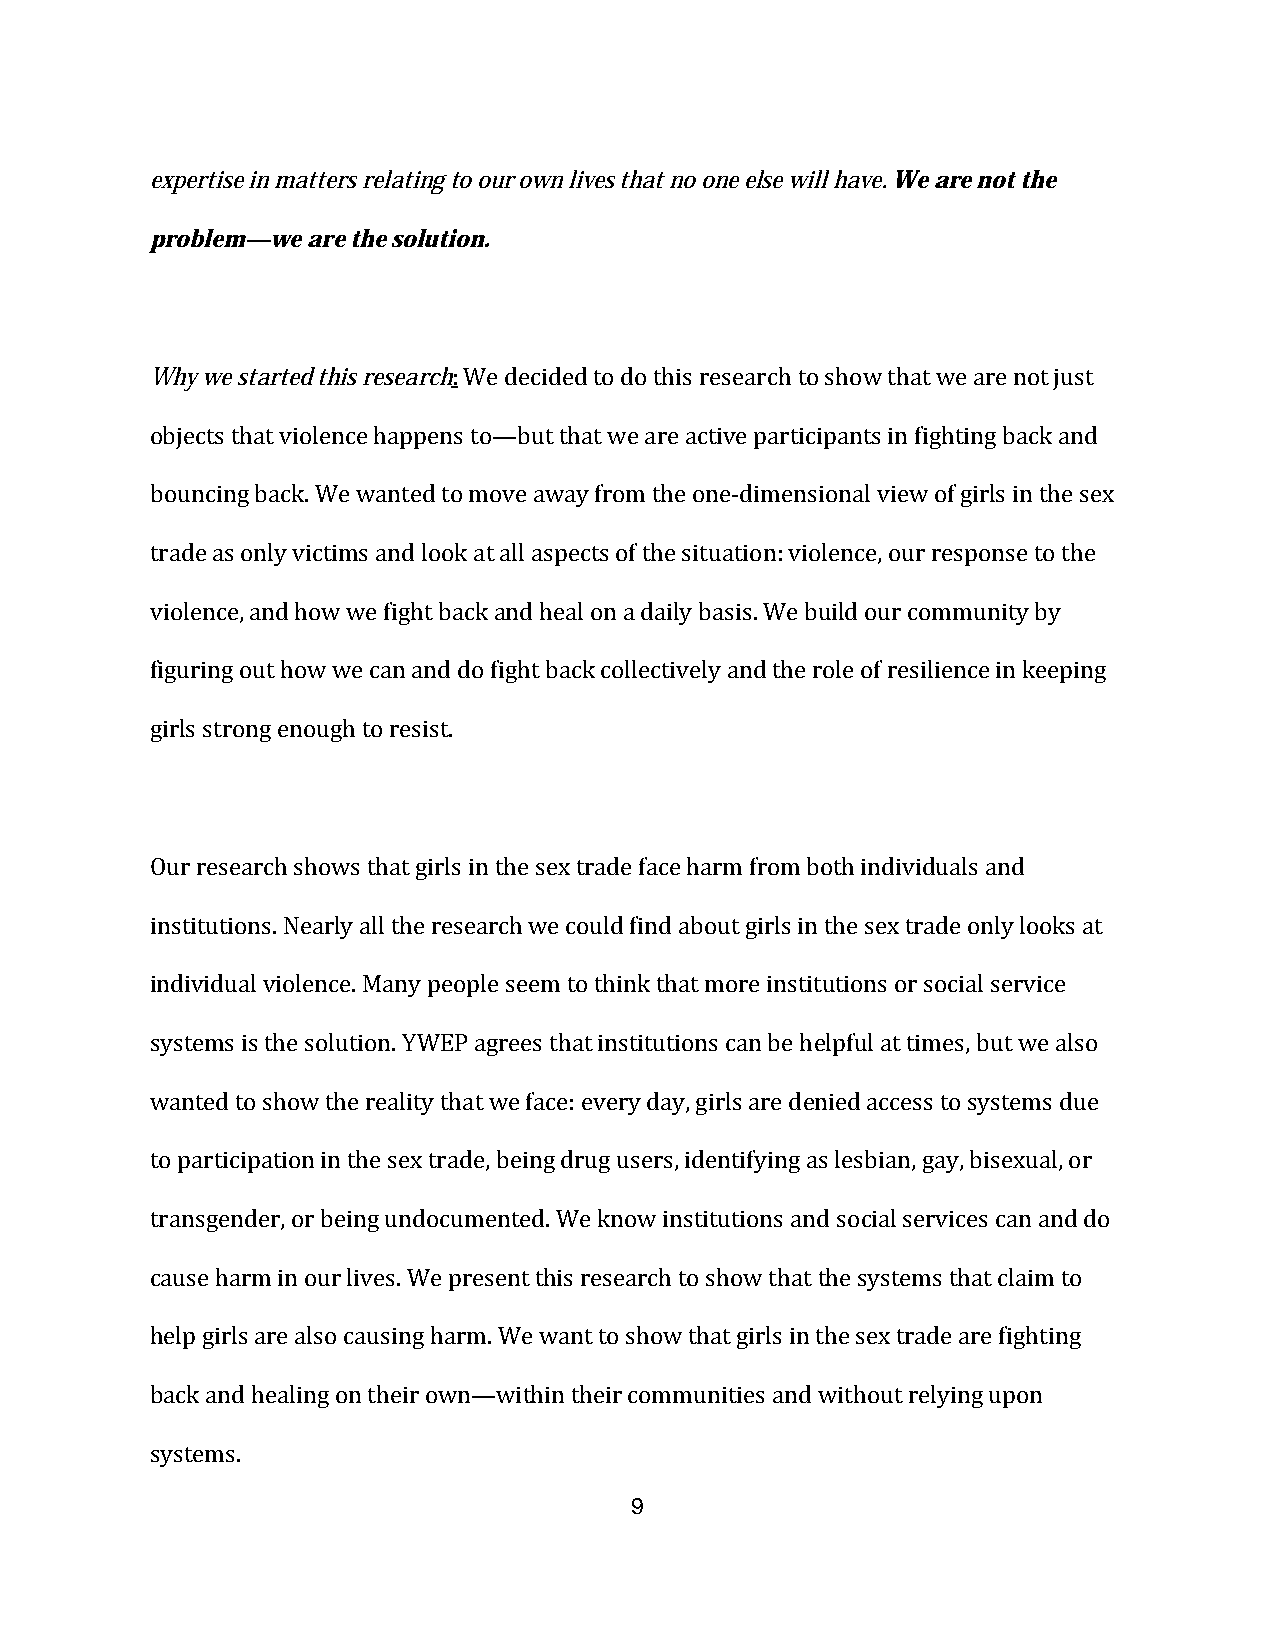
expertise in matters relating to our own lives that no one else will have. We are not the
 problem—we are the solution.
 Why we started this research: We decided to do this research to show that we are not just
 objects that violence happens to—but that we are active participants in fighting back and
 bouncing back. We wanted to move away from the one-dimensional view of girls in the sex
 trade as only victims and look at all aspects of the situation: violence, our response to the
 violence, and how we fight back and heal on a daily basis. We build our community by
 figuring out how we can and do fight back collectively and the role of resilience in keeping
 girls strong enough to resist.
 Our research shows that girls in the sex trade face harm from both individuals and
 institutions. Nearly all the research we could find about girls in the sex trade only looks at
 individual violence. Many people seem to think that more institutions or social service
 systems is the solution. YWEP agrees that institutions can be helpful at times, but we also
 wanted to show the reality that we face: every day, girls are denied access to systems due
 to participation in the sex trade, being drug users, identifying as lesbian, gay, bisexual, or
 transgender, or being undocumented. We know institutions and social services can and do
 cause harm in our lives. We present this research to show that the systems that claim to
 help girls are also causing harm. We want to show that girls in the sex trade are fighting
 back and healing on their own—within their communities and without relying upon
 systems.
 9